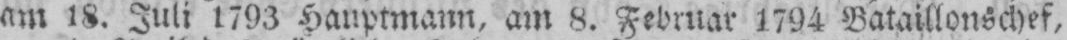
am 18. Juli 1793 Hauptmann, am 8. Februar 1794 Bataillonschef,